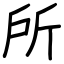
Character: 所